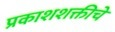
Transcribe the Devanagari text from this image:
प्रकाशशक्तीचे